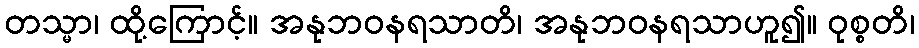
တသ္မာ၊ ထို့ကြောင့်။ အနုဘဝနရသာတိ၊ အနုဘဝနရသာဟူ၍။ ဝုစ္စတိ၊